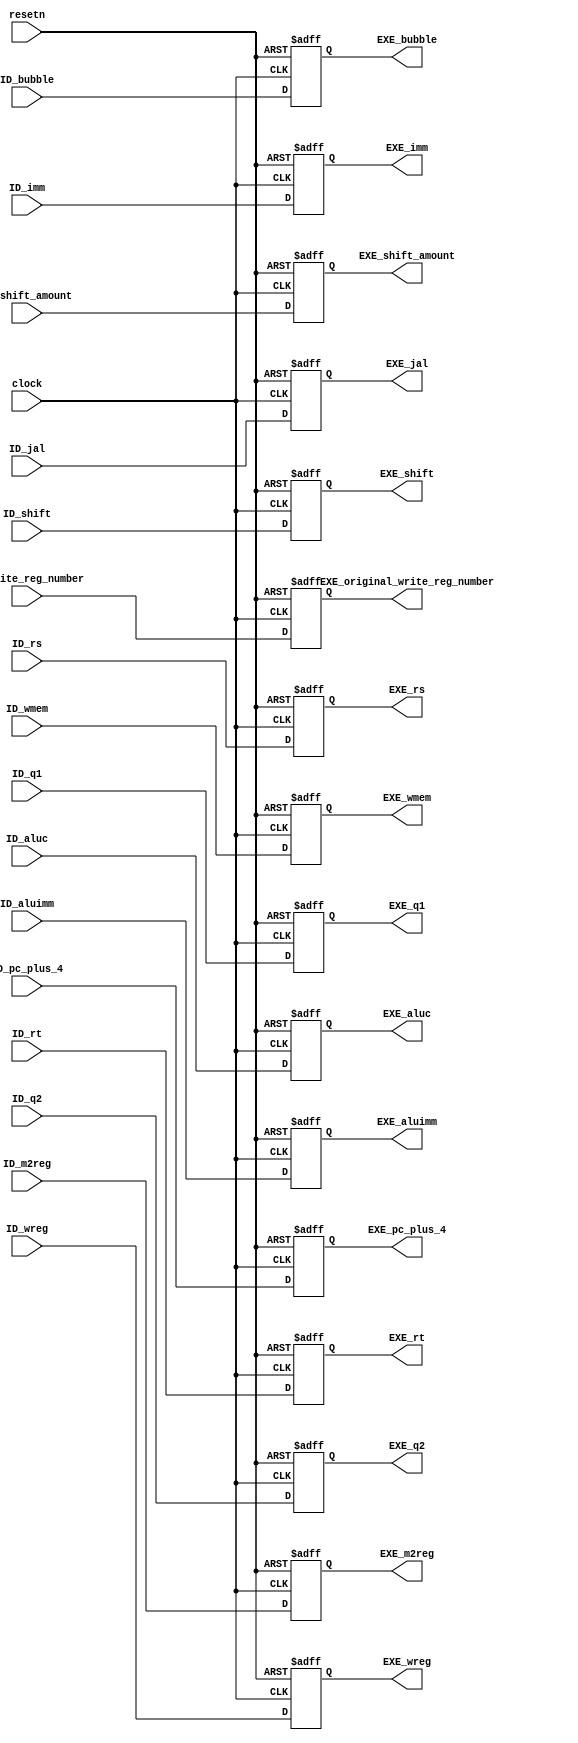
`default_nettype none

module pipe_reg_ID_EXE(
    input clock, 
    input resetn, 
    input [4: 0] ID_rs, 
    input [4: 0] ID_rt, 
    input [4: 0] ID_write_reg_number, 
    input [31: 0] ID_q1, 
    input [31: 0] ID_q2, 
    input [31: 0] ID_imm, 
    input [31: 0] ID_shift_amount, 
    input [31: 0] ID_pc_plus_4, 
    input ID_wreg, 
    input ID_m2reg, 
    input ID_wmem, 
    input [3: 0] ID_aluc, 
    input ID_aluimm, 
    input ID_jal, 
    input ID_shift, 
    input ID_bubble,

    output reg [31: 0] EXE_pc_plus_4, 
    output reg [4: 0] EXE_rs, 
    output reg [4: 0] EXE_rt,
    output reg [31: 0] EXE_q1, 
    output reg [31: 0] EXE_q2,
    output reg [31: 0] EXE_imm, 
    output reg [31: 0] EXE_shift_amount, 
    output reg EXE_wreg, 
    output reg EXE_m2reg, 
    output reg EXE_wmem, 
    output reg [3: 0] EXE_aluc, 
    output reg EXE_aluimm, 
    output reg EXE_shift, 
    output reg EXE_jal,
    output reg [4: 0] EXE_original_write_reg_number, 
    output reg EXE_bubble
);
    // ID/EXE 

    always @ (posedge clock or negedge resetn)
    begin
        if (resetn == 0) begin
            EXE_pc_plus_4 <= 0;
            EXE_rs <= 0;
            EXE_rt <= 0;
            EXE_q1 <= 0;
            EXE_q2 <= 0;
            EXE_imm <= 0;
            EXE_shift_amount <= 0;
            EXE_wreg <= 0;
            EXE_m2reg <= 0;
            EXE_wmem <= 0;
            EXE_aluc <= 0;
            EXE_aluimm <= 0;
            EXE_shift <= 0;
            EXE_jal <= 0;
            EXE_original_write_reg_number <= 0;
            EXE_bubble <= 0;
        end else begin
            EXE_pc_plus_4 <= ID_pc_plus_4;
            EXE_rs <= ID_rs;
            EXE_rt <= ID_rt;
            EXE_q1 <= ID_q1;
            EXE_q2 <= ID_q2;
            EXE_imm <= ID_imm;
            EXE_shift_amount <= ID_shift_amount;
            EXE_wreg <= ID_wreg;
            EXE_m2reg <= ID_m2reg;
            EXE_wmem <= ID_wmem;
            EXE_aluc <= ID_aluc;
            EXE_aluimm <= ID_aluimm;
            EXE_shift <= ID_shift;
            EXE_jal <= ID_jal;
            EXE_original_write_reg_number <= ID_write_reg_number;
            EXE_bubble <= ID_bubble;
        end 
    end

endmodule